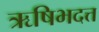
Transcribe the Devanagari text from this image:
ऋषिभदत्त